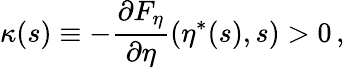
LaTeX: \kappa(s)\equiv-\frac{\partial F_{\eta}}{\partial\eta}(\eta^{\ast}(s),s)>0\, ,